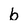
Character: b